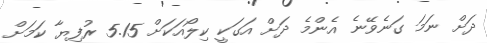
ދަށް ނަމަ ގަނެވޭނެ އެންމެ ދަށް އަގަކީ ކިލޯއަކަށް 5.15 ރުފިޔާ ކަމަށް